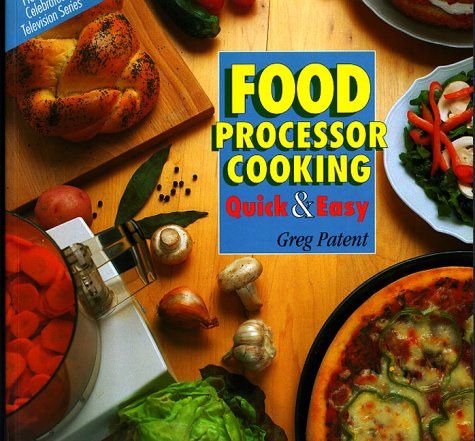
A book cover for Food Processor Cooking: Quick and Easy; Greg Patent; Cookbooks, Food & Wine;